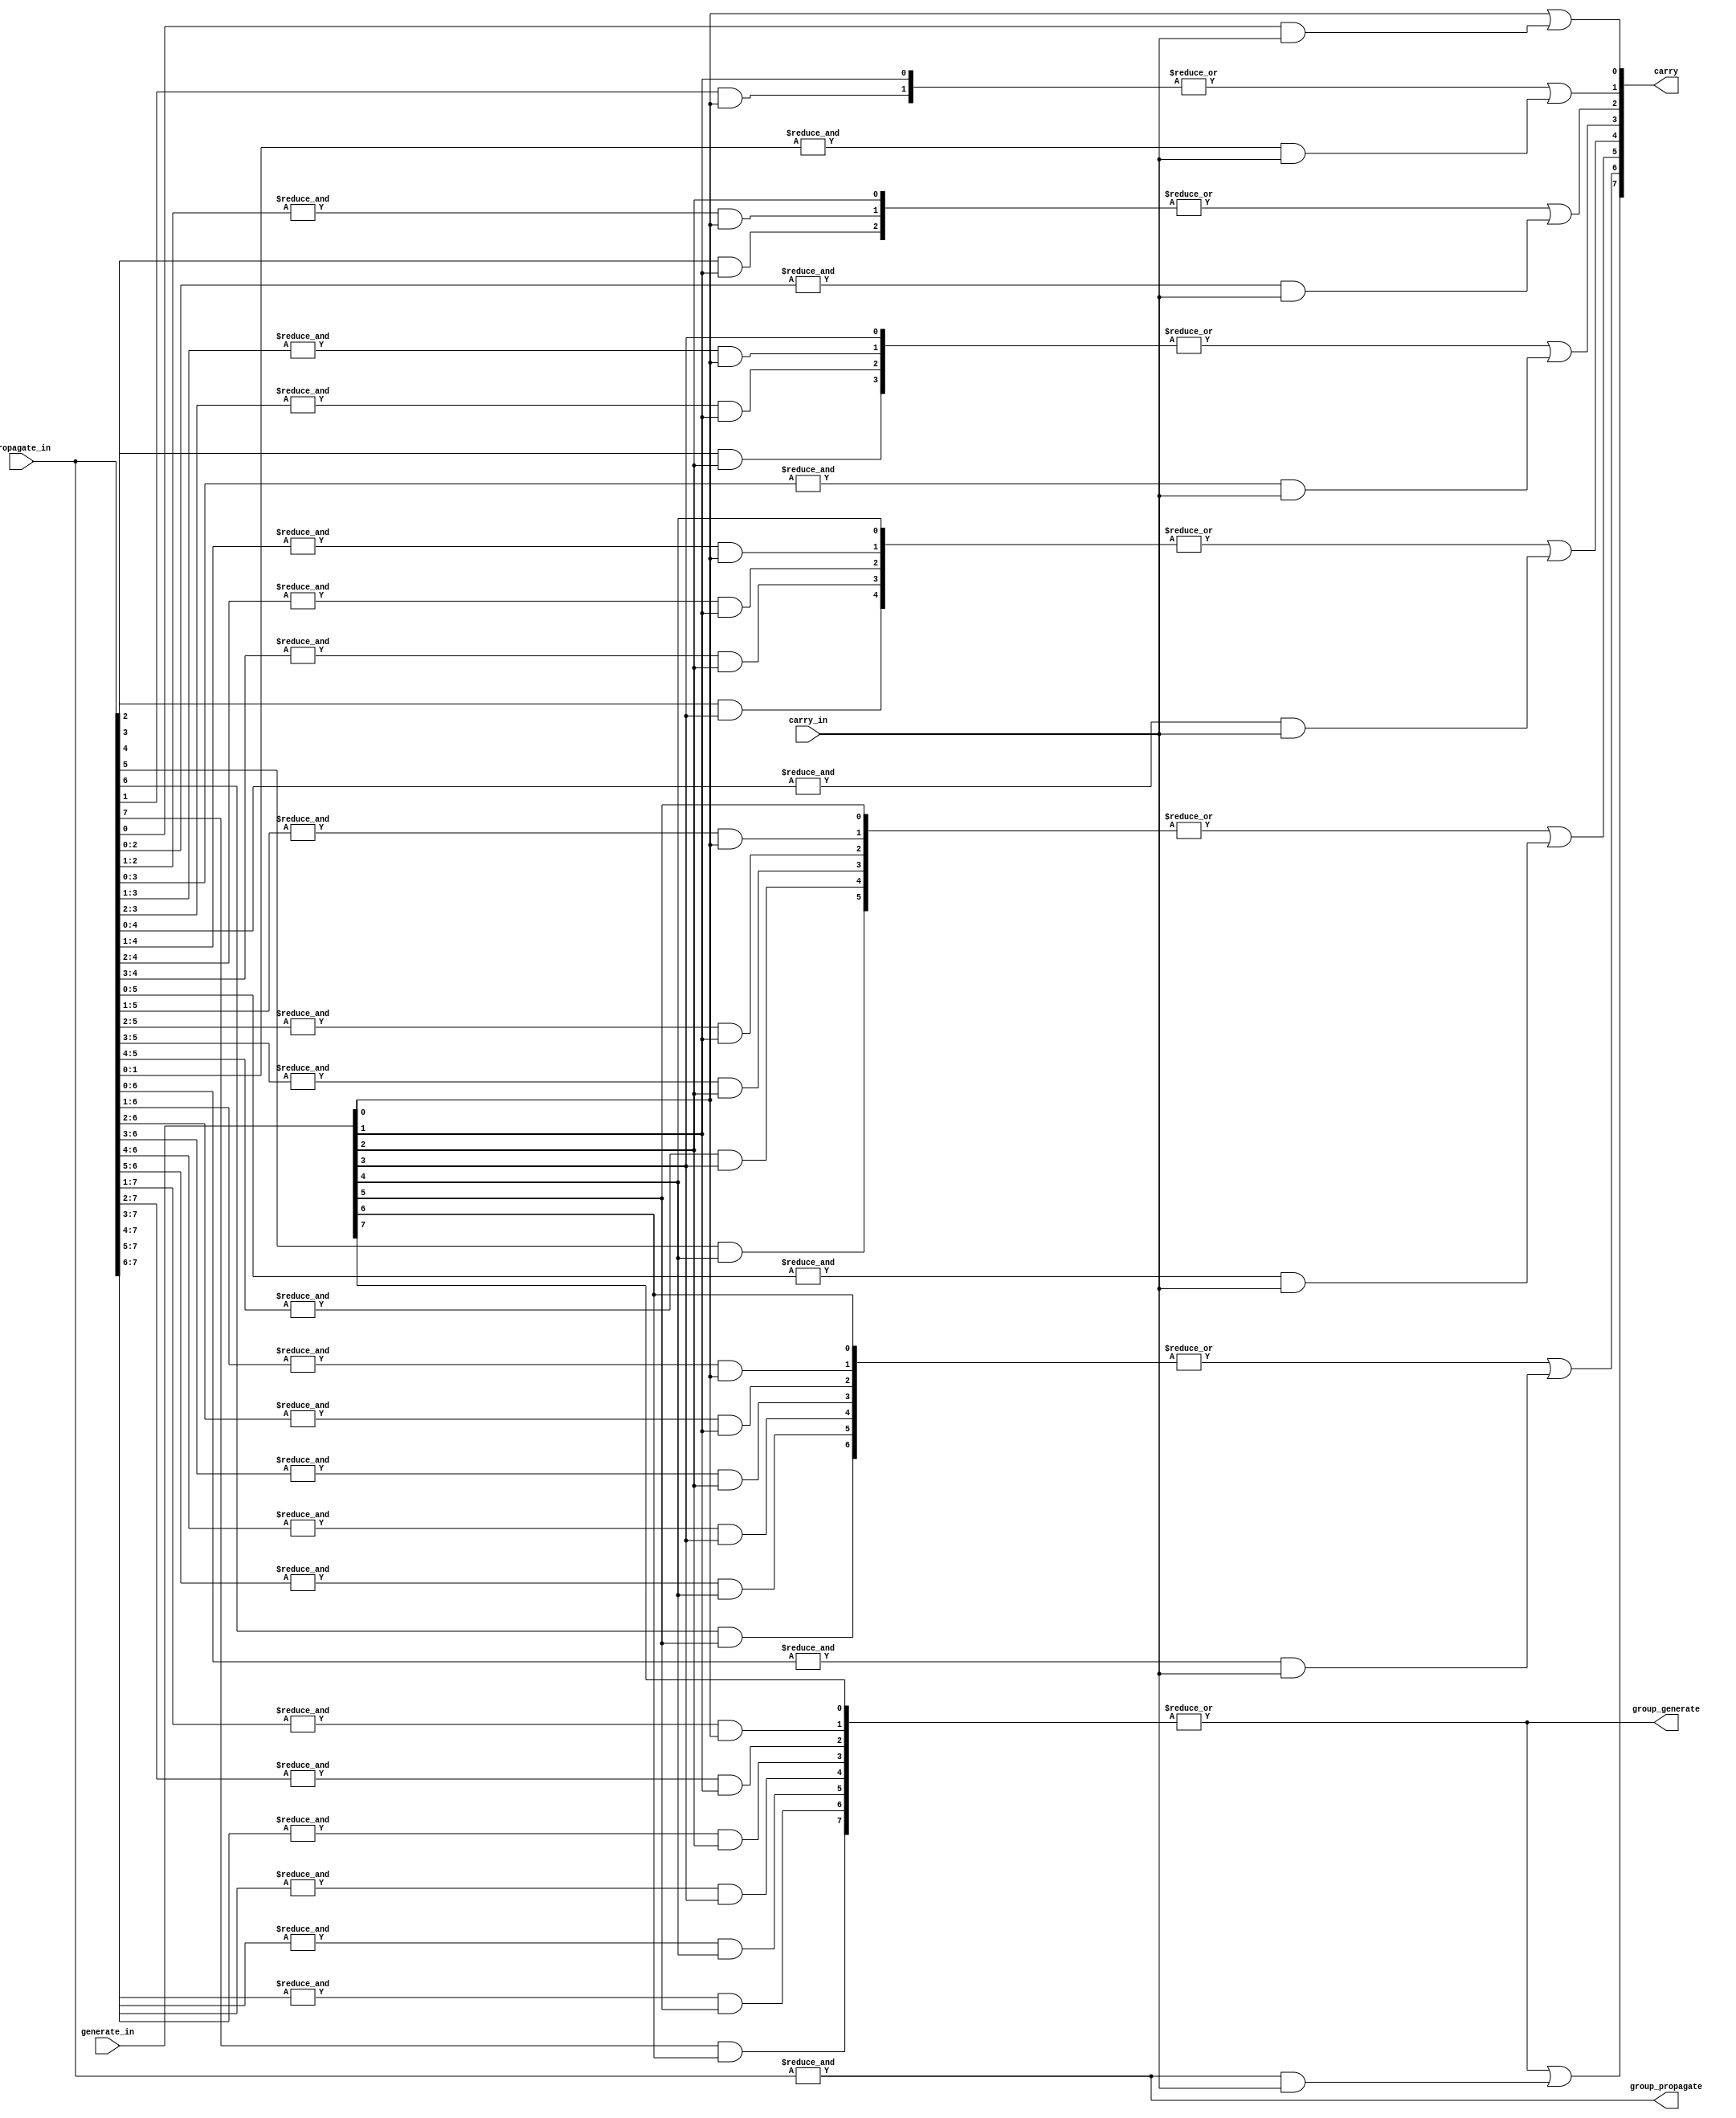
module carry_lookahead_generator
# (
    parameter WIDTH = 8
)
(
    input                  carry_in,
    input  [WIDTH - 1 : 0] generate_in, propagate_in,
    output [WIDTH     : 1] carry,
    output                 group_generate, group_propagate
);
    
    //Temporary wires for the carry calculation
    wire [((WIDTH + 1) * WIDTH) / 2 - 1 : 0] p_temp, g_temp;
    wire [WIDTH - 1 : 0] c_temp, pg_temp;
    
    generate
        
        genvar i, j;
        
        for (i = 0; i <= WIDTH - 1; i = i + 1)
        begin : stage
            //Calculate carry            
            for (j = 0; j <= i; j = j + 1)
            begin : block 
                assign p_temp[((i + 1) * i) / 2 + j] = & propagate_in[i : j];
                case(j)
                	0       : assign g_temp[((i + 1) * i) / 2 + j] = generate_in[i];
                	default : assign g_temp[((i + 1) * i) / 2 + j] = p_temp[((i + 1) * i) / 2 + j] & generate_in[j - 1];
                endcase
                end
                
            assign c_temp [i] = p_temp[((i + 1) * i) / 2] & carry_in;
            assign pg_temp[i] = | g_temp[(( i + 2) * (i + 1)) / 2 - 1 : ((i + 1) * i) / 2]; 
            
            assign carry [i + 1] = pg_temp[i] | c_temp[i];

        end
    endgenerate
    
    assign group_propagate = p_temp [(WIDTH * (WIDTH - 1)) / 2];
    assign group_generate  = pg_temp[WIDTH - 1];
    
endmodule